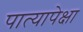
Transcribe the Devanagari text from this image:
पात्यापेक्षा